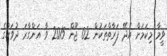
ވީމާ މިކަމަށް އެދޭ ފަރާތްތަކުން 02 ޖޫން 2015 ވާ އަންގާރަ ދުވަހުގެ